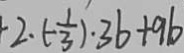
2 \cdot ( - \frac { 1 } { 3 } ) \cdot 3 6 + 9 6